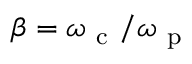
\beta = \omega _ { \mathrm { ~ c ~ } } / \omega _ { \mathrm { ~ p ~ } }